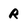
Character: R